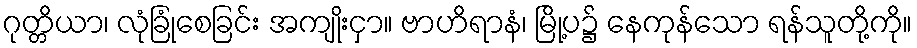
ဂုတ္တိယာ၊ လုံခြုံစေခြင်း အကျိုးငှာ။ ဗာဟိရာနံ၊ မြို့ပ၌ နေကုန်သော ရန်သူတို့ကို။